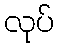
လုပ်